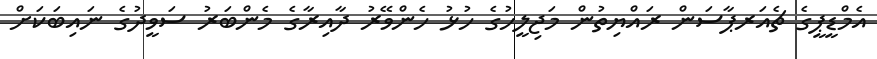
އެމްޑީޕީގެ ޗެއަރޕާސަން ރައްޔިތުން މަޖިލީހުގެ ހުޅު ހެންވޭރު ދާއިރާގެ މެންބަރު ސަވީދުގެ ނައިބަކަށް